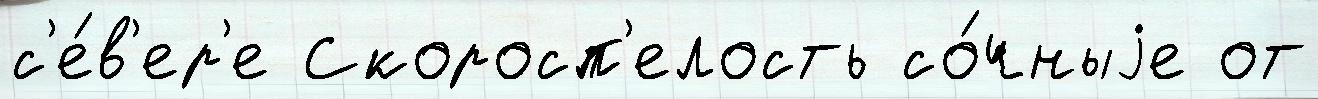
с'е́в'ер'е Скоросп'елость со́чныjе от